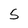
Character: 5